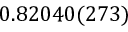
0 . 8 2 0 4 0 ( 2 7 3 )